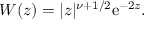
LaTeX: W ( z ) = | z | ^ { \nu + { 1 } / { 2 } } \mathrm { e } ^ { - 2 z } .